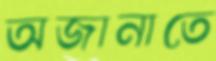
অজানাতে